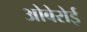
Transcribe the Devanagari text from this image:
ओबेरोई